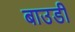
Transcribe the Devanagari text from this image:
बाउडी